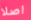
اصلا